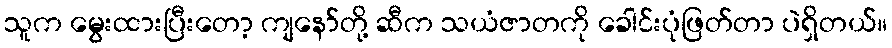
သူက မွေးထားပြီးတော့ ကျနော်တို့ ဆီက သယံဇာတကို ခေါင်းပုံဖြတ်တာ ပဲရှိတယ်။